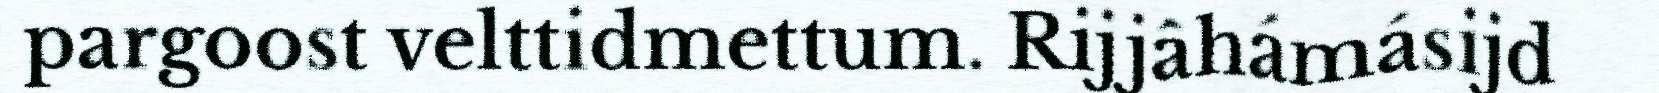
pargoost velttidmettum. Rijjâhámásijd